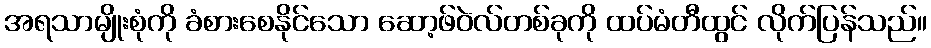
အရသာမျိုးစုံကို ခံစားစေနိုင်သော ဆော့ဖ်ဝဲလ်တစ်ခုကို ထပ်မံတီထွင် လိုက်ပြန်သည်။